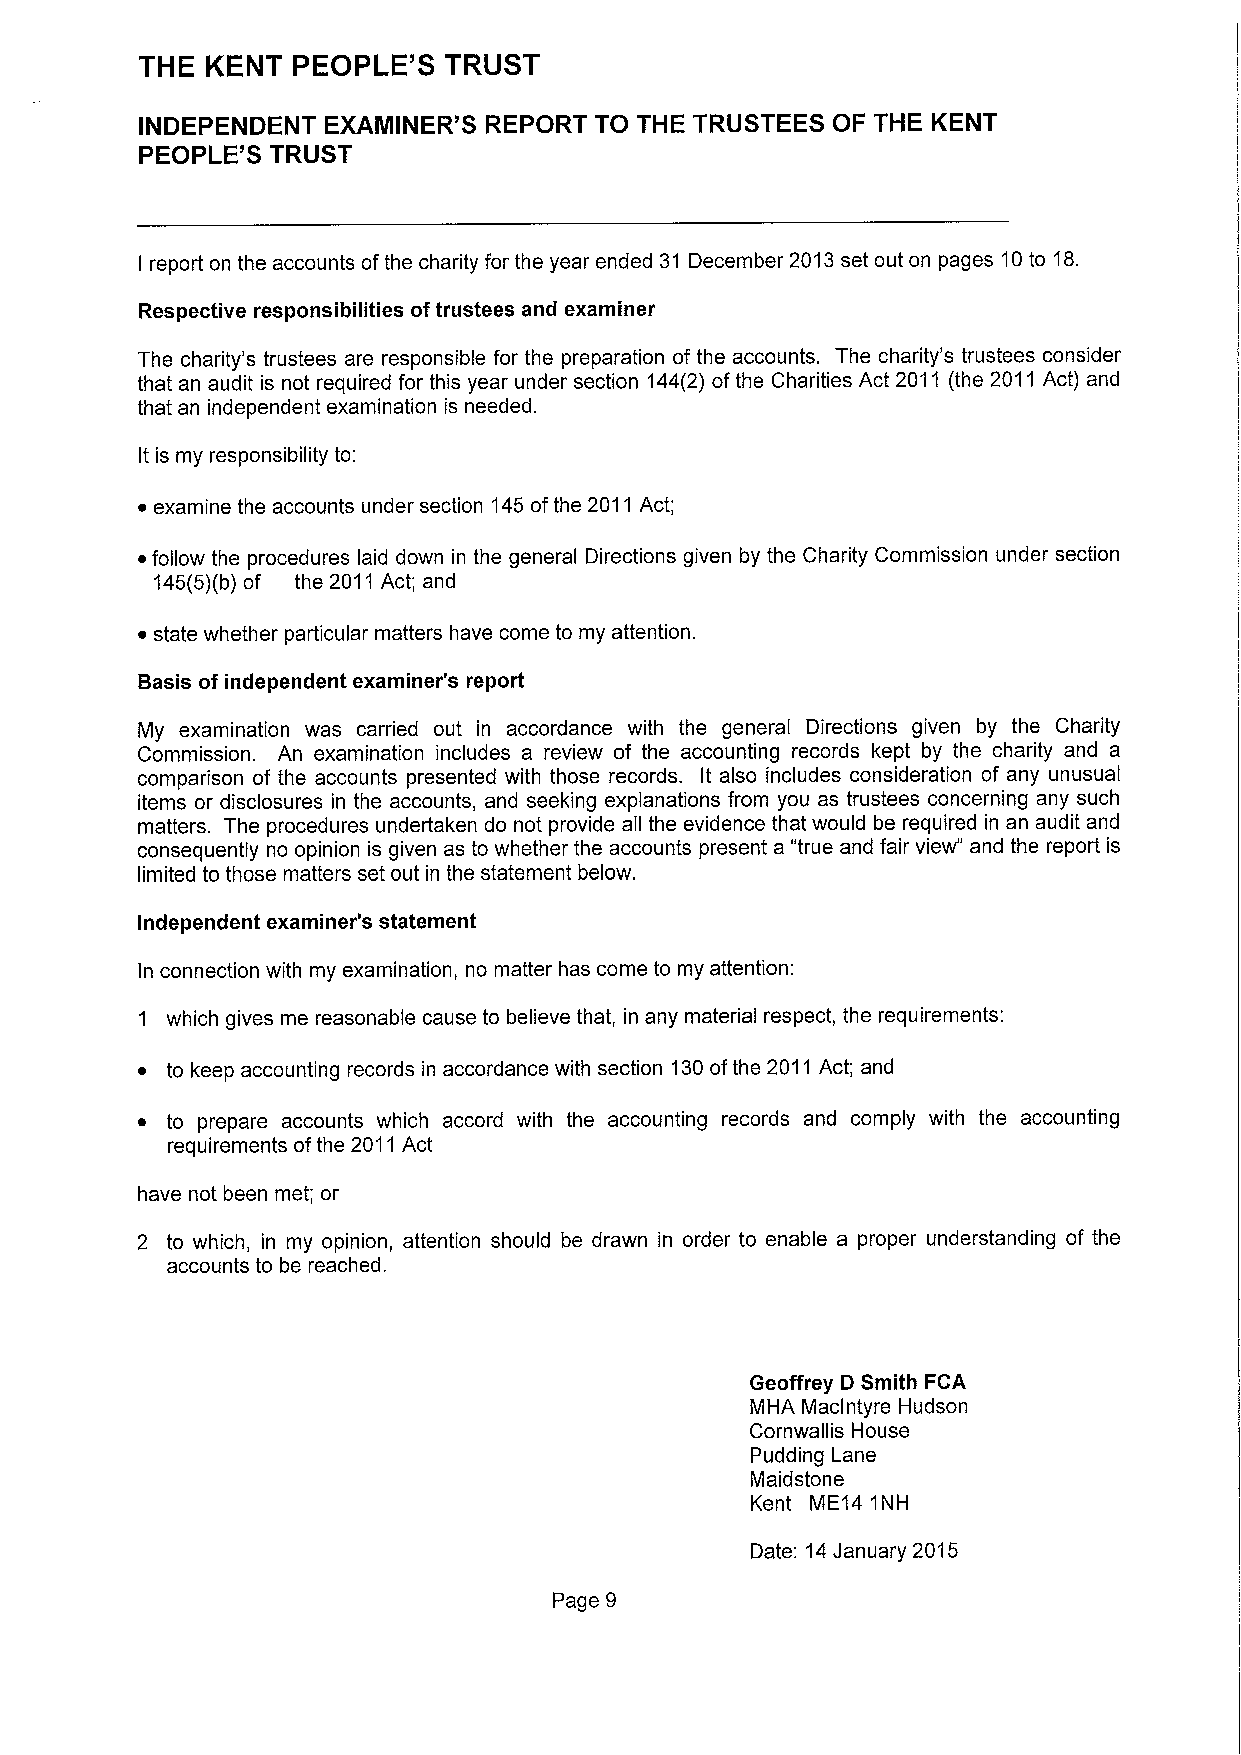
THE  KENT PEOPLE"S  TRUST
 INDEPENDENT EXAMINER" S REPORT TO THE TRUSTEES OF THE KENT
 PEOPLE'S TRUST
 report on the accounts ofthe charity for the year ended 31 December 2013set out on pages 10to 18.
 I
 Respective responsibilities oftrustees and examiner
 The charity's trustees are responsible for the preparation of the accounts. The charity's trustees consider
 that an audit is not required for this year under section 144(2) ofthe Charities Act 2011 (the 2011 Act) and
 that an independent examination is needed.
 it is my responsibility to:
 ~ examine the accounts under section 145ofthe 2011Act;
 ~follow the procedures laid down in the general Directions given by the Charity Commission under section
 145(5)(b)of the 2011Act; and
 ~ state whether particular matters have come to my attention.
 Basis of independent examiner's report
 My examination was carried out in accordance with the general Directions given by the Charity
 Commission. An examination includes a review of the accounting records kept by the charity and a
 comparison of the accounts presented with those records. It also includes consideration of any unusual
 items or disclosures in the accounts, and seeking explanations from you as trustees concerning any such
 matters. The procedures undertaken do not provide all the evidence that would be required in an audit and
 consequently no opinion is given as to whether the accounts present a "true and fair view" and the report is
 limited to those matters set out in the statement below.
 Independent examiner's statement
 In connection with my examination, no matter has come to my attention:
 1 which gives me reasonable cause to believe that, in any material respect, the requirements:
 ~ to keep accounting records in accordance with section 130ofthe 2011 Act; and
 ~ to prepare accounts which accord with the accounting records and comply with the accounting
 requirements ofthe 2011Act
 have not been met; or
 2 to which, in my opinion, attention should be drawn in order to enable a proper understanding of the
 accounts to be reached.
 Geoffrey 0 Smith FCA
 MHA Maclntyre Hudson
 Cornwallis House
 Pudding Lane
 Maidstone
 Kent ME14 1NH
 Date: 14January 2015
 Page 9